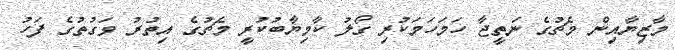
މާޒިޔާއިން މެޗުގެ ނަތީޖާ ހަމަހަމަކުރި ގޯލު ކާމިޔާބުކުރީ މެޗުގެ އިތުރު ވަގުތުގެ ފަހު